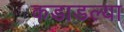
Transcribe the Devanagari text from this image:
कडाडल्या